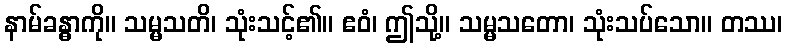
နာမ်ခန္ဓာကို။ သမ္မသတိ၊ သုံးသင့်၏။ ဧဝံ၊ ဤသို့။ သမ္မသတော၊ သုံးသပ်သော။ တဿ၊